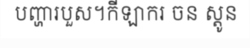
បញ្ហារបួស។កីឡាករ ចន ស្តូន